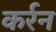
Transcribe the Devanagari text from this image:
कर्रन